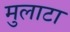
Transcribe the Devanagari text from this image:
मुलाटा